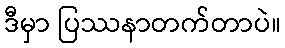
ဒီမှာ ပြဿနာတက်တာပဲ။